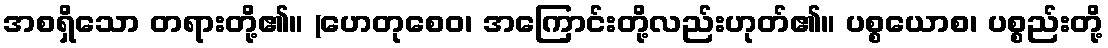
အစရှိသော တရားတို့၏။ (ဟေတုစေဝ၊ အကြောင်းတို့လည်းဟုတ်၏။ ပစ္စယောစ၊ ပစ္စည်းတို့